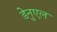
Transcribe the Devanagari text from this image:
डेनुएल